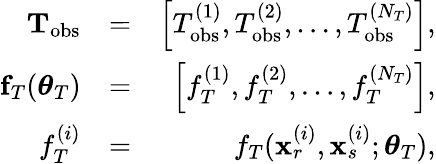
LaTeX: \begin{array}{rlr}{{\mathbf T}_{\mathrm{obs}}}&{=}&{\left[T_{\mathrm{obs}}^{(1)},T_{\mathrm{obs}}^{(2)},\dots,T_{\mathrm{obs}}^{(N_{T})}\right],}\\ {{\mathbf f}_{T}(\boldsymbol{\theta}_{T})}&{=}&{\left[f_{T}^{(1)},f_{T}^{(2)},\dots,f_{T}^{(N_{T})}\right],}\\ {f_{T}^{(i)}}&{=}&{f_{T}(\mathbf{x}_{r}^{(i)},\mathbf{x}_{s}^{(i)};\boldsymbol{\theta}_{T}),}\end{array}